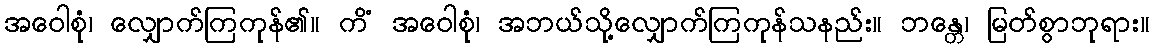
အဝေါစုံ၊ လျှောက်ကြကုန်၏။ ကိံ အဝေါစုံ၊ အဘယ်သို့လျှောက်ကြကုန်သနည်း။ ဘန္တေ၊ မြတ်စွာဘုရား။